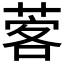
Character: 𦴦